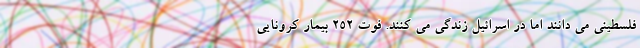
فلسطینی می دانند اما در اسرائیل زندگی می کنند. فوت ۲۵۲ بیمار کرونایی